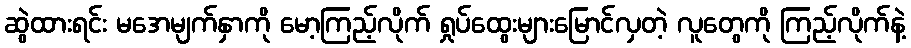
ဆွဲထားရင်း မအေမျက်နှာကို မော့ကြည့်လိုက် ရှုပ်ထွေးများမြောင်လှတဲ့ လူတွေကို ကြည့်လိုက်နဲ့